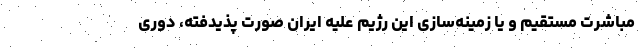
مباشرت مستقیم و یا زمینه‌سازی این رژیم علیه ایران صورت پذیدفته، دوری